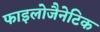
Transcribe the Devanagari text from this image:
फाइलोजैनेटिक